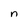
Character: n